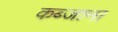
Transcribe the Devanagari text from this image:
कब्जाना